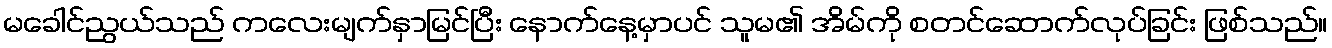
မခေါင်ညွယ်သည် ကလေးမျက်နှာမြင်ပြီး နောက်နေ့မှာပင် သူမ၏ အိမ်ကို စတင်ဆောက်လုပ်ခြင်း ဖြစ်သည်။